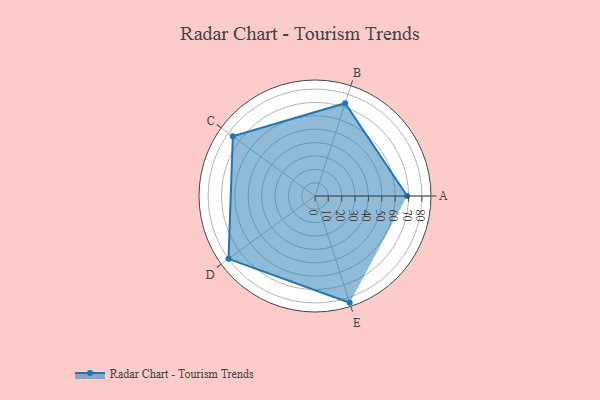
{"axis": {"x": "Skill", "y": "Score"}, "legend": ["Profile"], "data": [{"x": "A", "y": 69.0, "type": "Profile"}, {"x": "B", "y": 73.0, "type": "Profile"}, {"x": "C", "y": 76.0, "type": "Profile"}, {"x": "D", "y": 80.0, "type": "Profile"}, {"x": "E", "y": 84.0, "type": "Profile"}]}